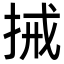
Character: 𢬿